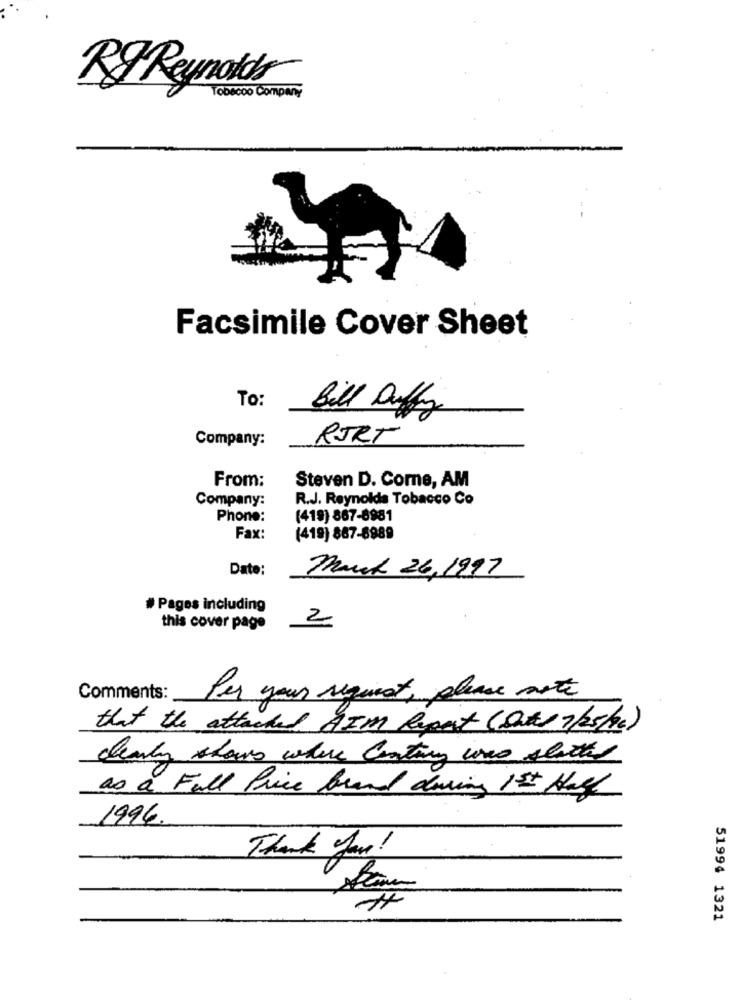
Rg Reynolds
Tobecoo Company
Facsimile Cover Sheet
To:
Bill Ofy
Company:
RJRT
From:
Steven D. Come, AM
Company:
R.J. Reynolds Tobacco Co
Phone:
(419) 867-8981
Fax:
(419) 867-8989
Date:
Much 26,1997
# Pages including
2
this cover page
Comments:
Per your request, please note
that the attached AIM Report (Dates 7/25/c)
clearly shows where coating was seated
as a Full Price brand downing 1st Half
1996.
Thank you!
51994 1321